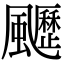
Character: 𩙖